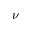
\nu